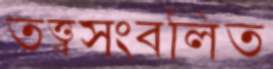
তত্ত্বসংবলিত